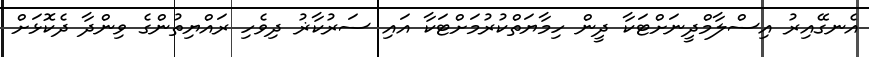
އެނގޭއިރު އިސްލާމްދީނަށްޓަކާ ދީން ހިމާޔަތްކުރުމަށްޓަކާ އައި ސަރުކާޜު ދިވެހި ރައްޔިތުންގެ ވިންދާ ދެކޮޅަށް